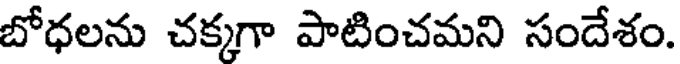
బోధలను చక్కగా పాటించమని సందేశం.